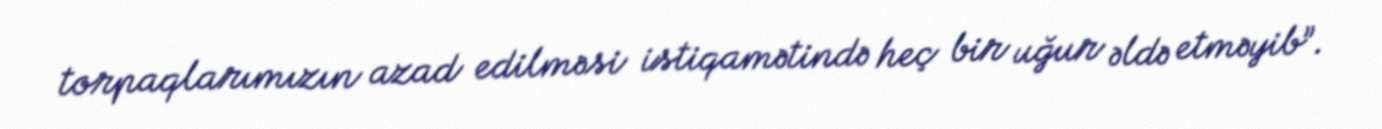
torpaqlarımızın azad edilməsi istiqamətində heç bir uğur əldə etməyib”.